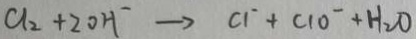
C l _ { 2 } + 2 O H ^ { - } \rightarrow C l ^ { - } + C l O ^ { - } + H _ { 2 } O